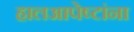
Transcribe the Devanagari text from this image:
हालआपेष्टांना